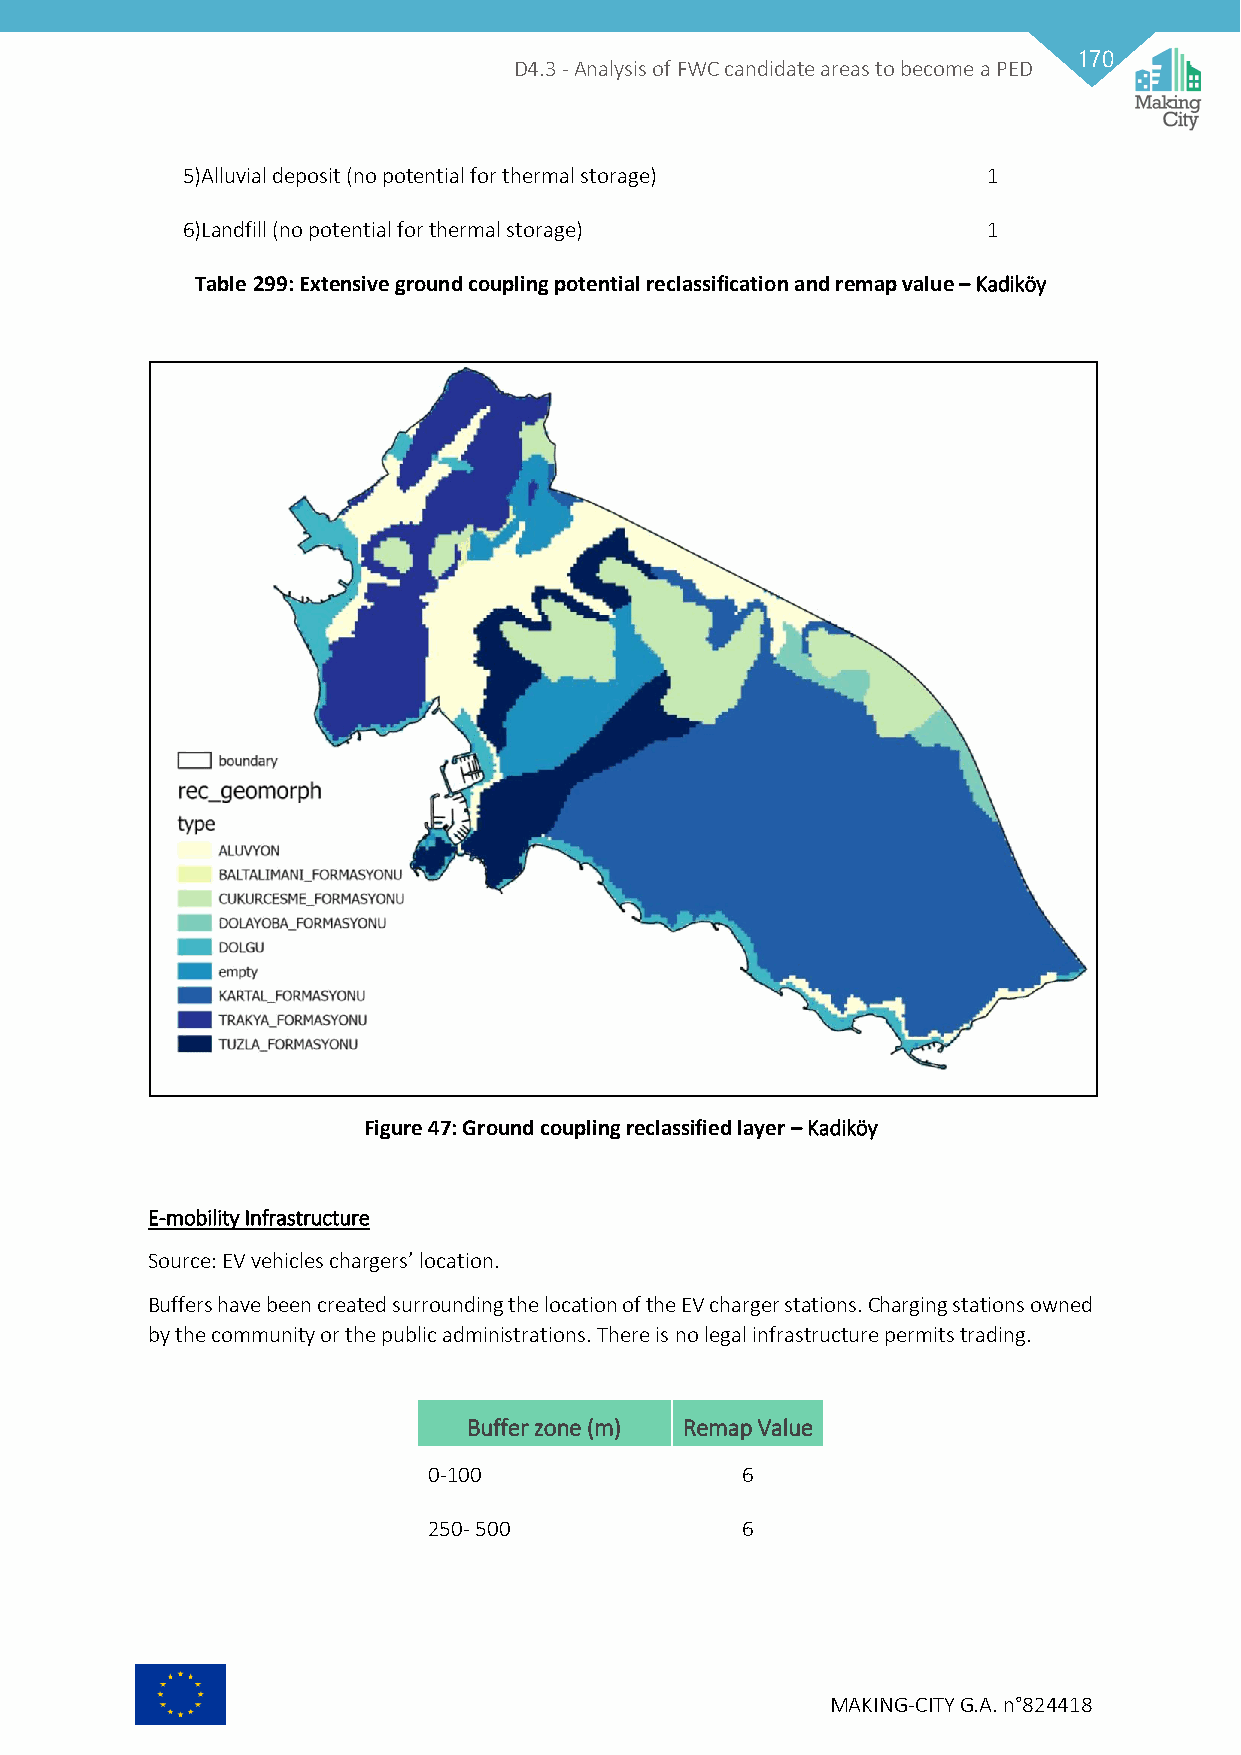
170
 D4.3 - Analysis of FWC candidate areas to become a PED
 5)Alluvial deposit (no potential for thermal storage) 1
 6)Landfill (no potential for thermal storage)        1
 Table 299: Extensive ground coupling potential reclassification and remap value – Kadiköy
 Figure 47: Ground coupling reclassified layer – Kadiköy
 E-mobility Infrastructure
 Source: EV vehicles chargers’ location.
 Buffers have been created surrounding the location of the EV charger stations. Charging stations owned
 by the community or the public administrations. There is no legal infrastructure permits trading.
 Buffer zone (m) Remap Value
 0-100                6
 250- 500             6
 MAKING-CITY G.A. n°824418